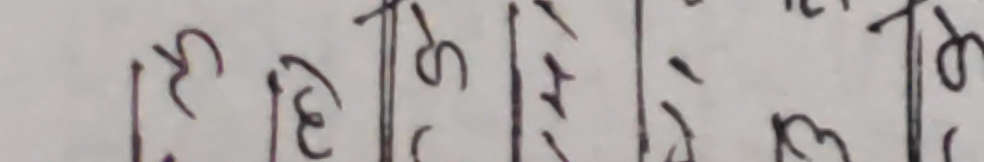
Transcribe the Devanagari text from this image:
हे आज की